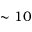
\sim 1 0